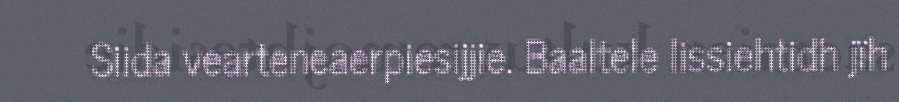
Siida vearteneaerpiesijjie. Baaltele lissiehtidh jïh